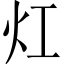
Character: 灴